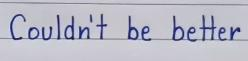
Couldn't be better